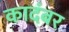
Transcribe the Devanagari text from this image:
कादंबर